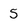
Character: 5